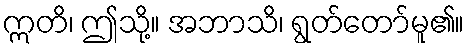
ဣတိ၊ ဤသို့။ အဘာသိ၊ ရွတ်တော်မူ၏။